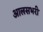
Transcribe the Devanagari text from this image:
आलसभरी